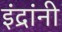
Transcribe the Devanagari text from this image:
इंद्रांनी